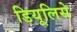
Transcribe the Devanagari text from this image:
डियूलिसे